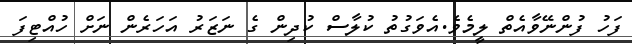
ފަހު ފުންނޭވާއެތް ލީމެވެ.އެވަގުތު ކުލާސް ކުދިން ގެ ނަޒަރު އަހަރެން ނަށް ހުއްޓިފަ